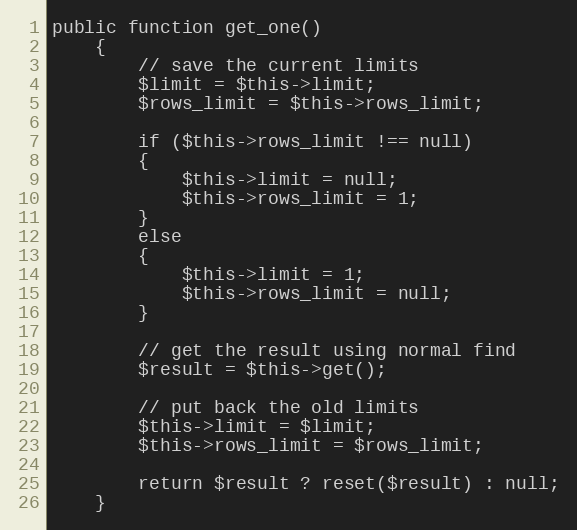
Language: PHP
public function get_one()
	{
		// save the current limits
		$limit = $this->limit;
		$rows_limit = $this->rows_limit;

		if ($this->rows_limit !== null)
		{
			$this->limit = null;
			$this->rows_limit = 1;
		}
		else
		{
			$this->limit = 1;
			$this->rows_limit = null;
		}

		// get the result using normal find
		$result = $this->get();

		// put back the old limits
		$this->limit = $limit;
		$this->rows_limit = $rows_limit;

		return $result ? reset($result) : null;
	}